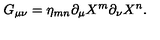
G _ { \mu \nu } = \eta _ { m n } \partial _ { \mu } X ^ { m } \partial _ { \nu } X ^ { n } .